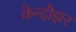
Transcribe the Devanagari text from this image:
केन्दौझर